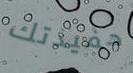
حفيدتك